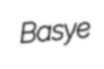
Basye